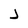
Character: J